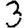
Digit: 3